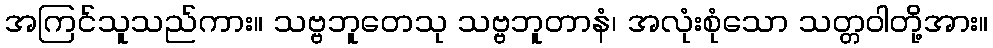
အကြင်သူသည်ကား။ သဗ္ဗဘူတေသု သဗ္ဗဘူတာနံ၊ အလုံးစုံသော သတ္တဝါတို့အား။